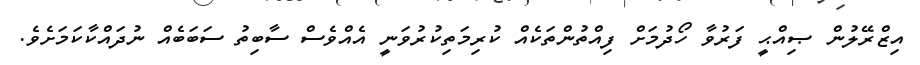
އިޒްރޭލުން ޞިއްޙީ ފަރުވާ ހޯދުމަށް ފިއްތުންތަކެއް ކުރިމަތިކުރުވަނީ އެއްވެސް ސާބިތު ސަބަބެއް ނުދައްކާކަމަށެވެ.